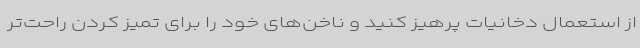
از استعمال دخانیات پرهیز کنید و ناخن‌های خود را برای تمیز کردن راحت‌تر